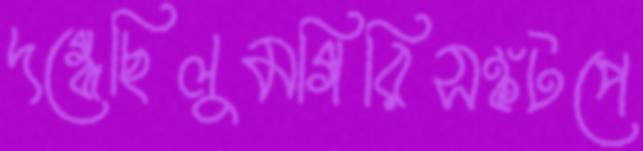
দগ্ধেছিলুমগিরিসঙ্কটপে